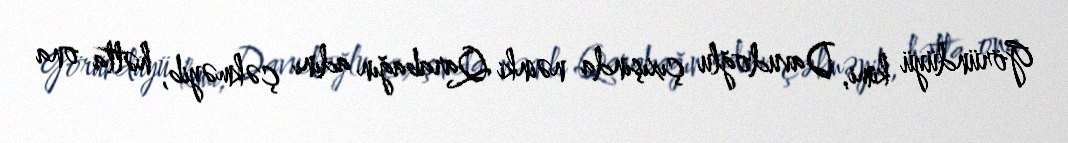
Göründüyü kimi, Davudoğlu çıxışında nəinki Qarabağın adını çəkməyib, hətta ona